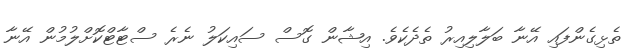
ތެޅިގެންފައި އޭނާ ބަލާލިއިރު ތެދެކެވެ. އިޝާން ގޮސް ސައިކަލު ނެރެ ސްޓާޓްކޮށްލުމުން އޭނާ